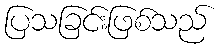
ပြသခြင်းဖြစ်သည်